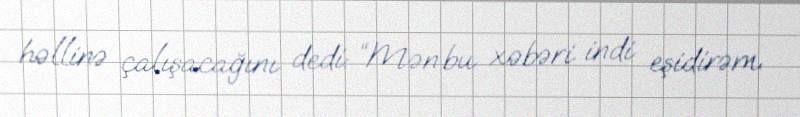
həllinə çalışacağını dedi: “Mən bu xəbəri indi eşidirəm.